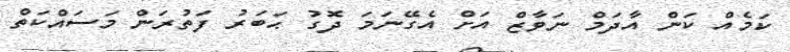
ކަމެއް ކަން އާދަމް ނަވާޒް އަށް އެގޭނަމަ ދޮގު ޙަބަރު ފަތުރަން މަސައްކަތް